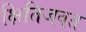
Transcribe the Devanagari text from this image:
क्षितिजवत